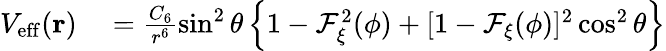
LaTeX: \begin{array}{rl}{V_{\mathrm{eff}}(\mathbf{r})}&{{}=\frac{C_{6}}{r^{6}}\sin^{2}\theta\left\{ 1-\mathcal{F}_{\xi}^{2}(\phi)+[1-\mathcal{F}_{\xi}(\phi)]^{2}\cos^{2}\theta\right\} }\end{array}